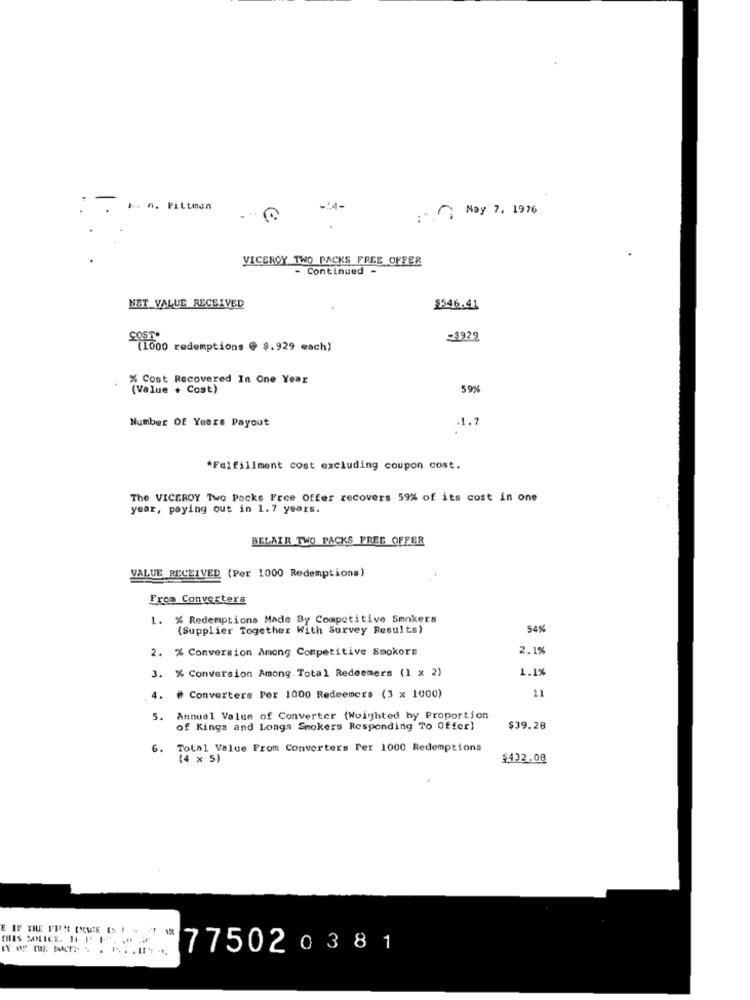
K. n. Pittman
-: 4-
:" "} May 7. 1976
VICEROY TWO PACKS FREE OFFER
- Continued -
NET VALUE RECEIVED
$546.41
-3929
(1000 redemptions @ $.929 each)
% Cost Recovered In One Year
(Value + Cost)
59%
Number Of Years Payout
.1.7
*Fulfillment cost excluding coupon cost.
The VICEROY Two Packs Free Offer recovers 59% of its cost in one
year, paying out in 1.7 years.
BELAIR TWO PACKS FREE OFFER
VALUE RECEIVED (Per 1000 Redemptions)
From Converters
1. % Redemptions Made By Competitive Smokers
(Supplier Together With Survey Results)
54%
2. % Conversion Among Competitive Smokers
2.1%
3. % Conversion Among Total Redeemers (1 x 2)
1.1%
11
4. # Converters Per 1000 Redeemers (3 x 1000)
5.
Annual Value of Converter (Woighted hy Proportion
of Kings and Longs Smokers Responding To Offer)
$39.28
6.
Total Value From Converters Per 1000 Redemptions
(4 x 5)
$432.00
775020381